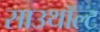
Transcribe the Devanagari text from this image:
साउथॉल्ट